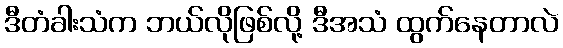
ဒီတံခါးသံက ဘယ်လိုဖြစ်လို့ ဒီအသံ ထွက်နေတာလဲ